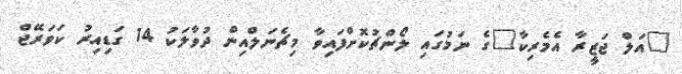
"އަލް ޖަޒީރާ އެމެރިކާ"ގެ ނަމުގައި ލޯންޗުކޮށްފައިވާ މިޗެނަލްއިން ދުވާލަކު 14 ގަޑިއިރު ކަވަރޭޖް